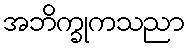
အဘိက္ခုကသညာ